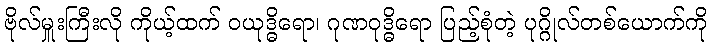
ဗိုလ်မှူးကြီးလို ကိုယ့်ထက် ဝယုဒ္ဓိရော၊ ဂုဏဝုဒ္ဓိရော ပြည့်စုံတဲ့ ပုဂ္ဂိုလ်တစ်ယောက်ကို